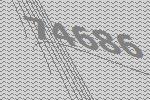
74686